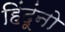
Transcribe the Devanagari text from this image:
हिंदूंनो